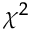
\chi ^ { 2 }